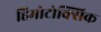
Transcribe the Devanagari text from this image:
हिमोटोक्सिक